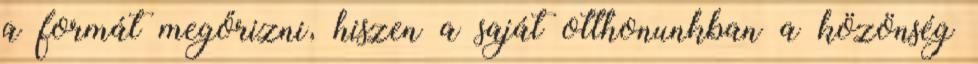
a formát megőrizni, hiszen a saját otthonunkban a közönség